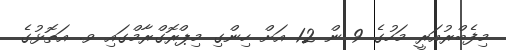
މިފެބްރުއަރީ މަހުގެ 9 ން 12 އަށް ހިންގި މިޕްރޮގްރާމްގައި ވ. އަތޮޅުގެ